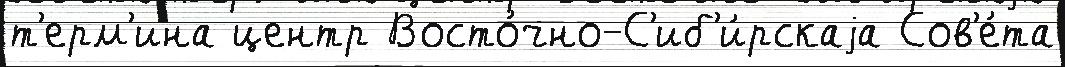
т'ерм'ина центр Восто́чно-С'иб'и́рскаjа Сов'е́та